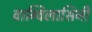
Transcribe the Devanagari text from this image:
वाग्विलासिनी